Bréfritari: Þórður Sigurðsson
Viðtakandi: Jón Borgfirðingur
Dagsetning: A-1866-08-06
Skrifað á: Fiskilæk  Borg.

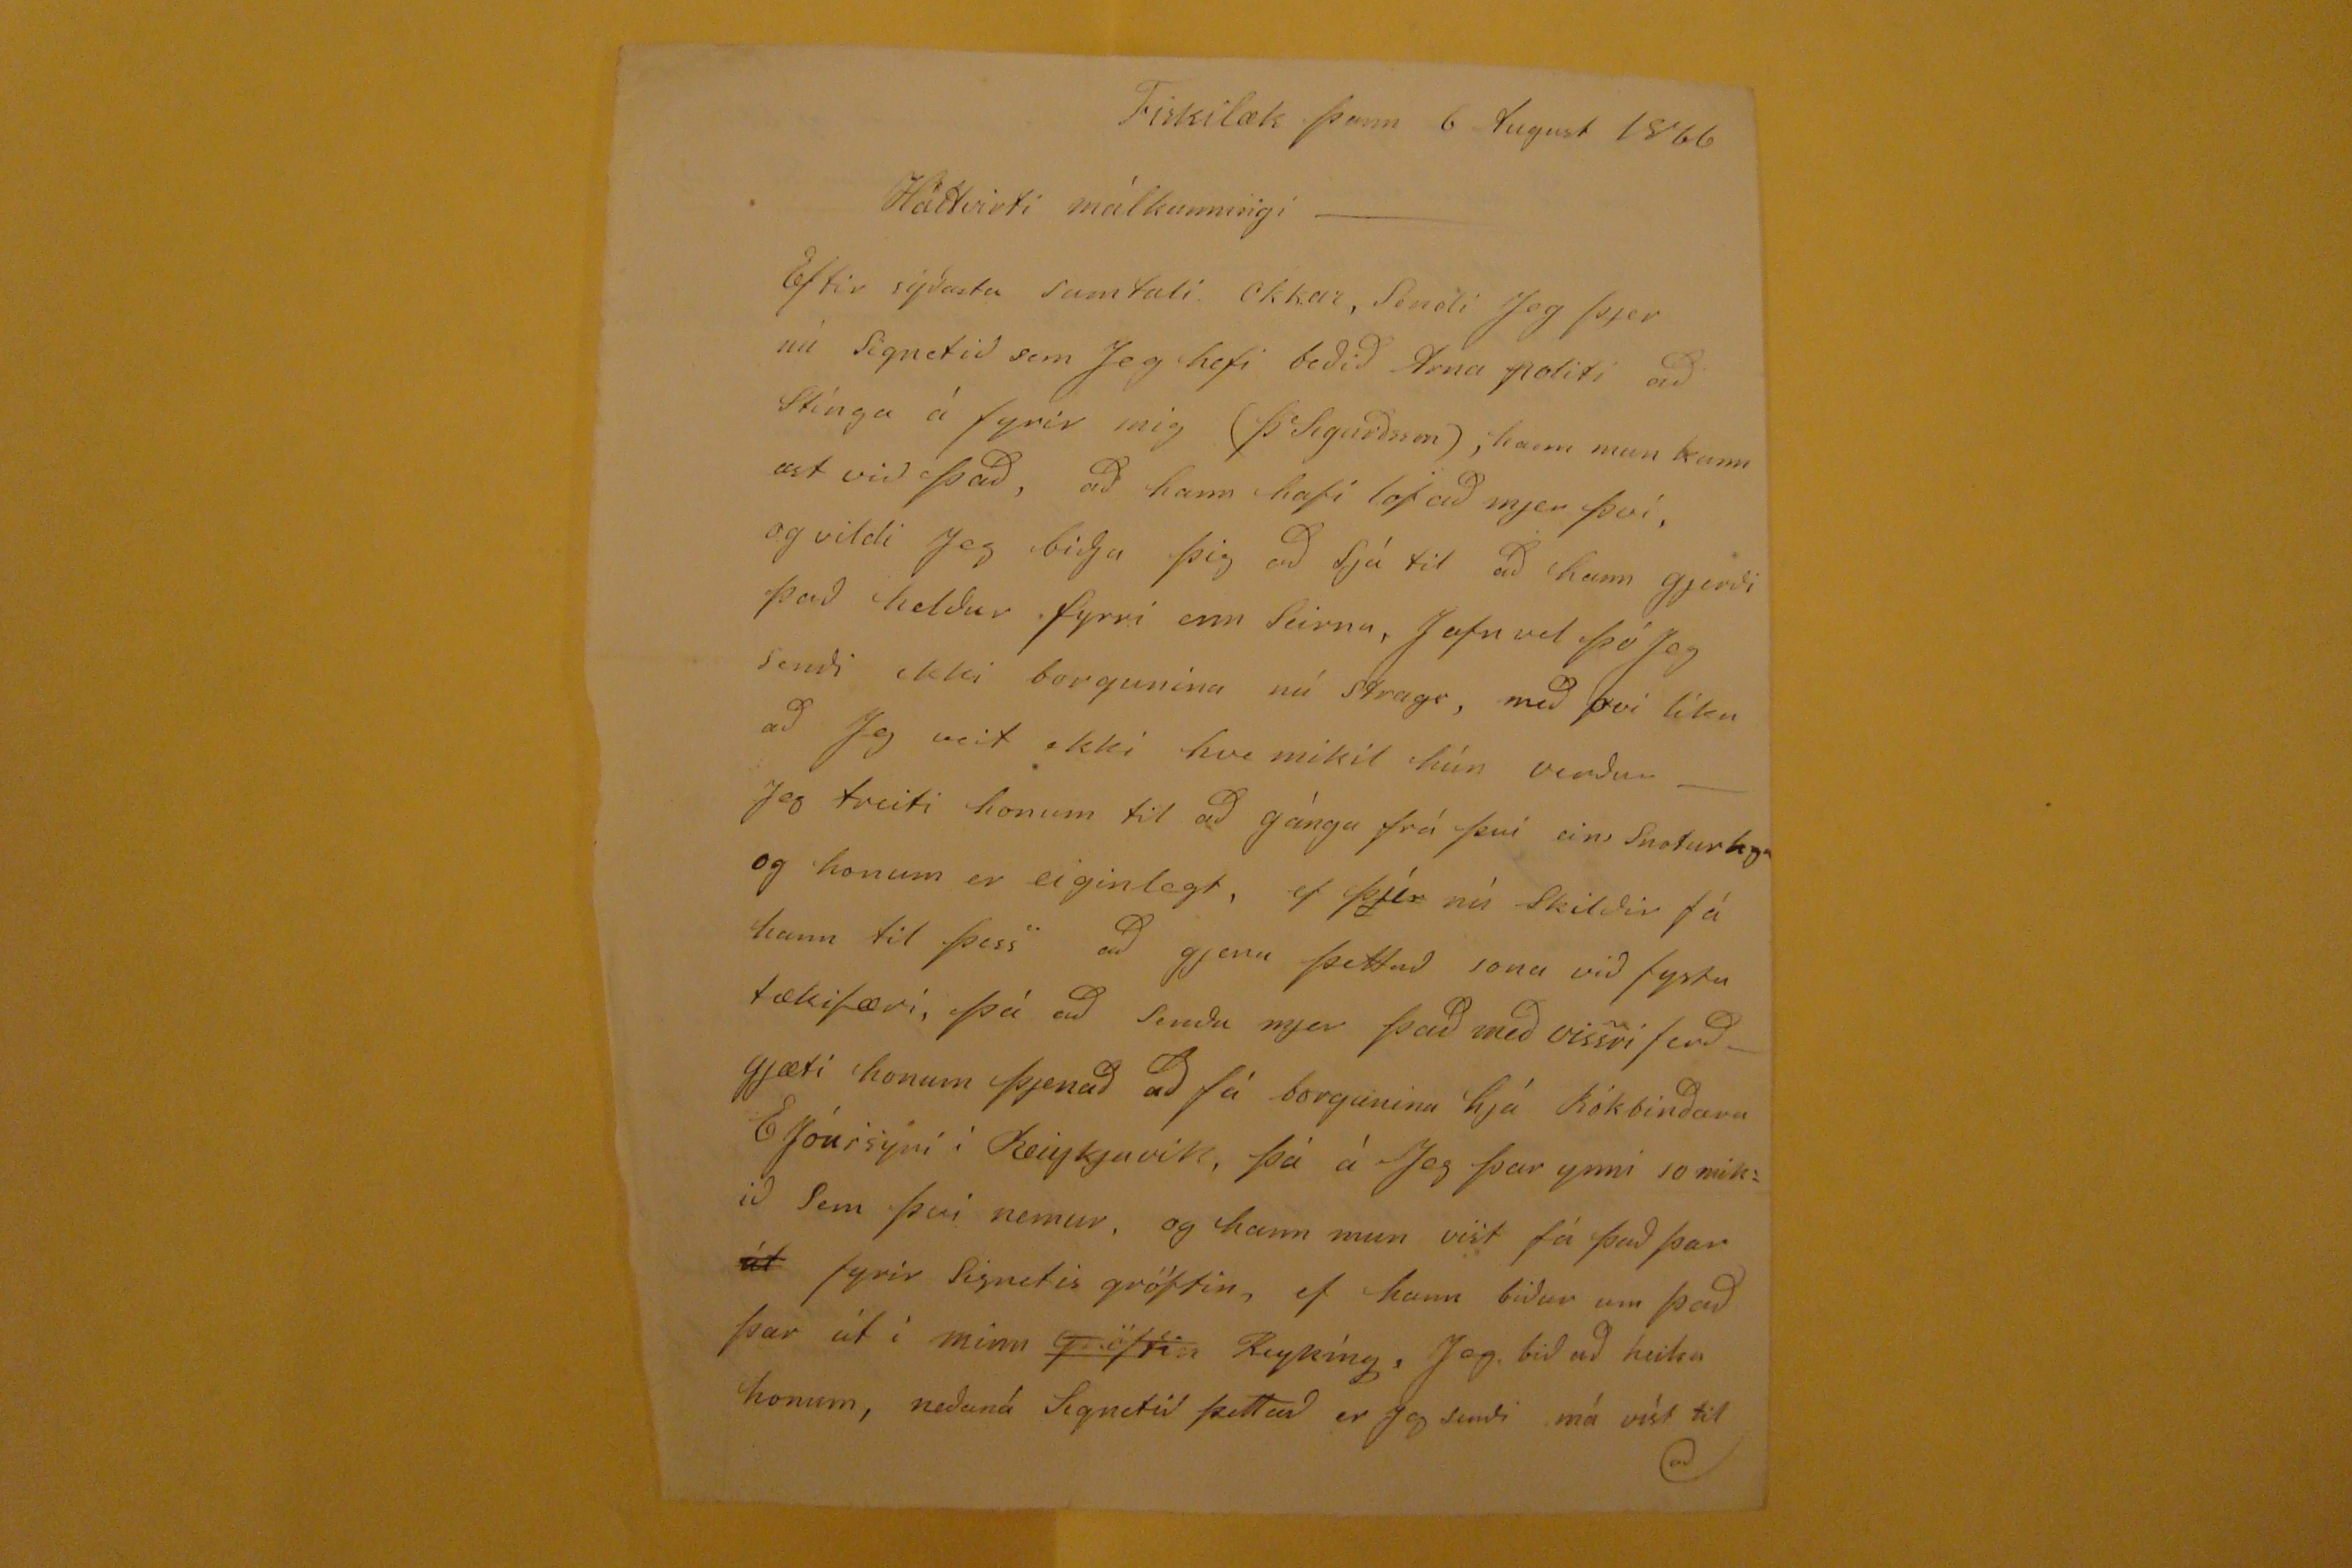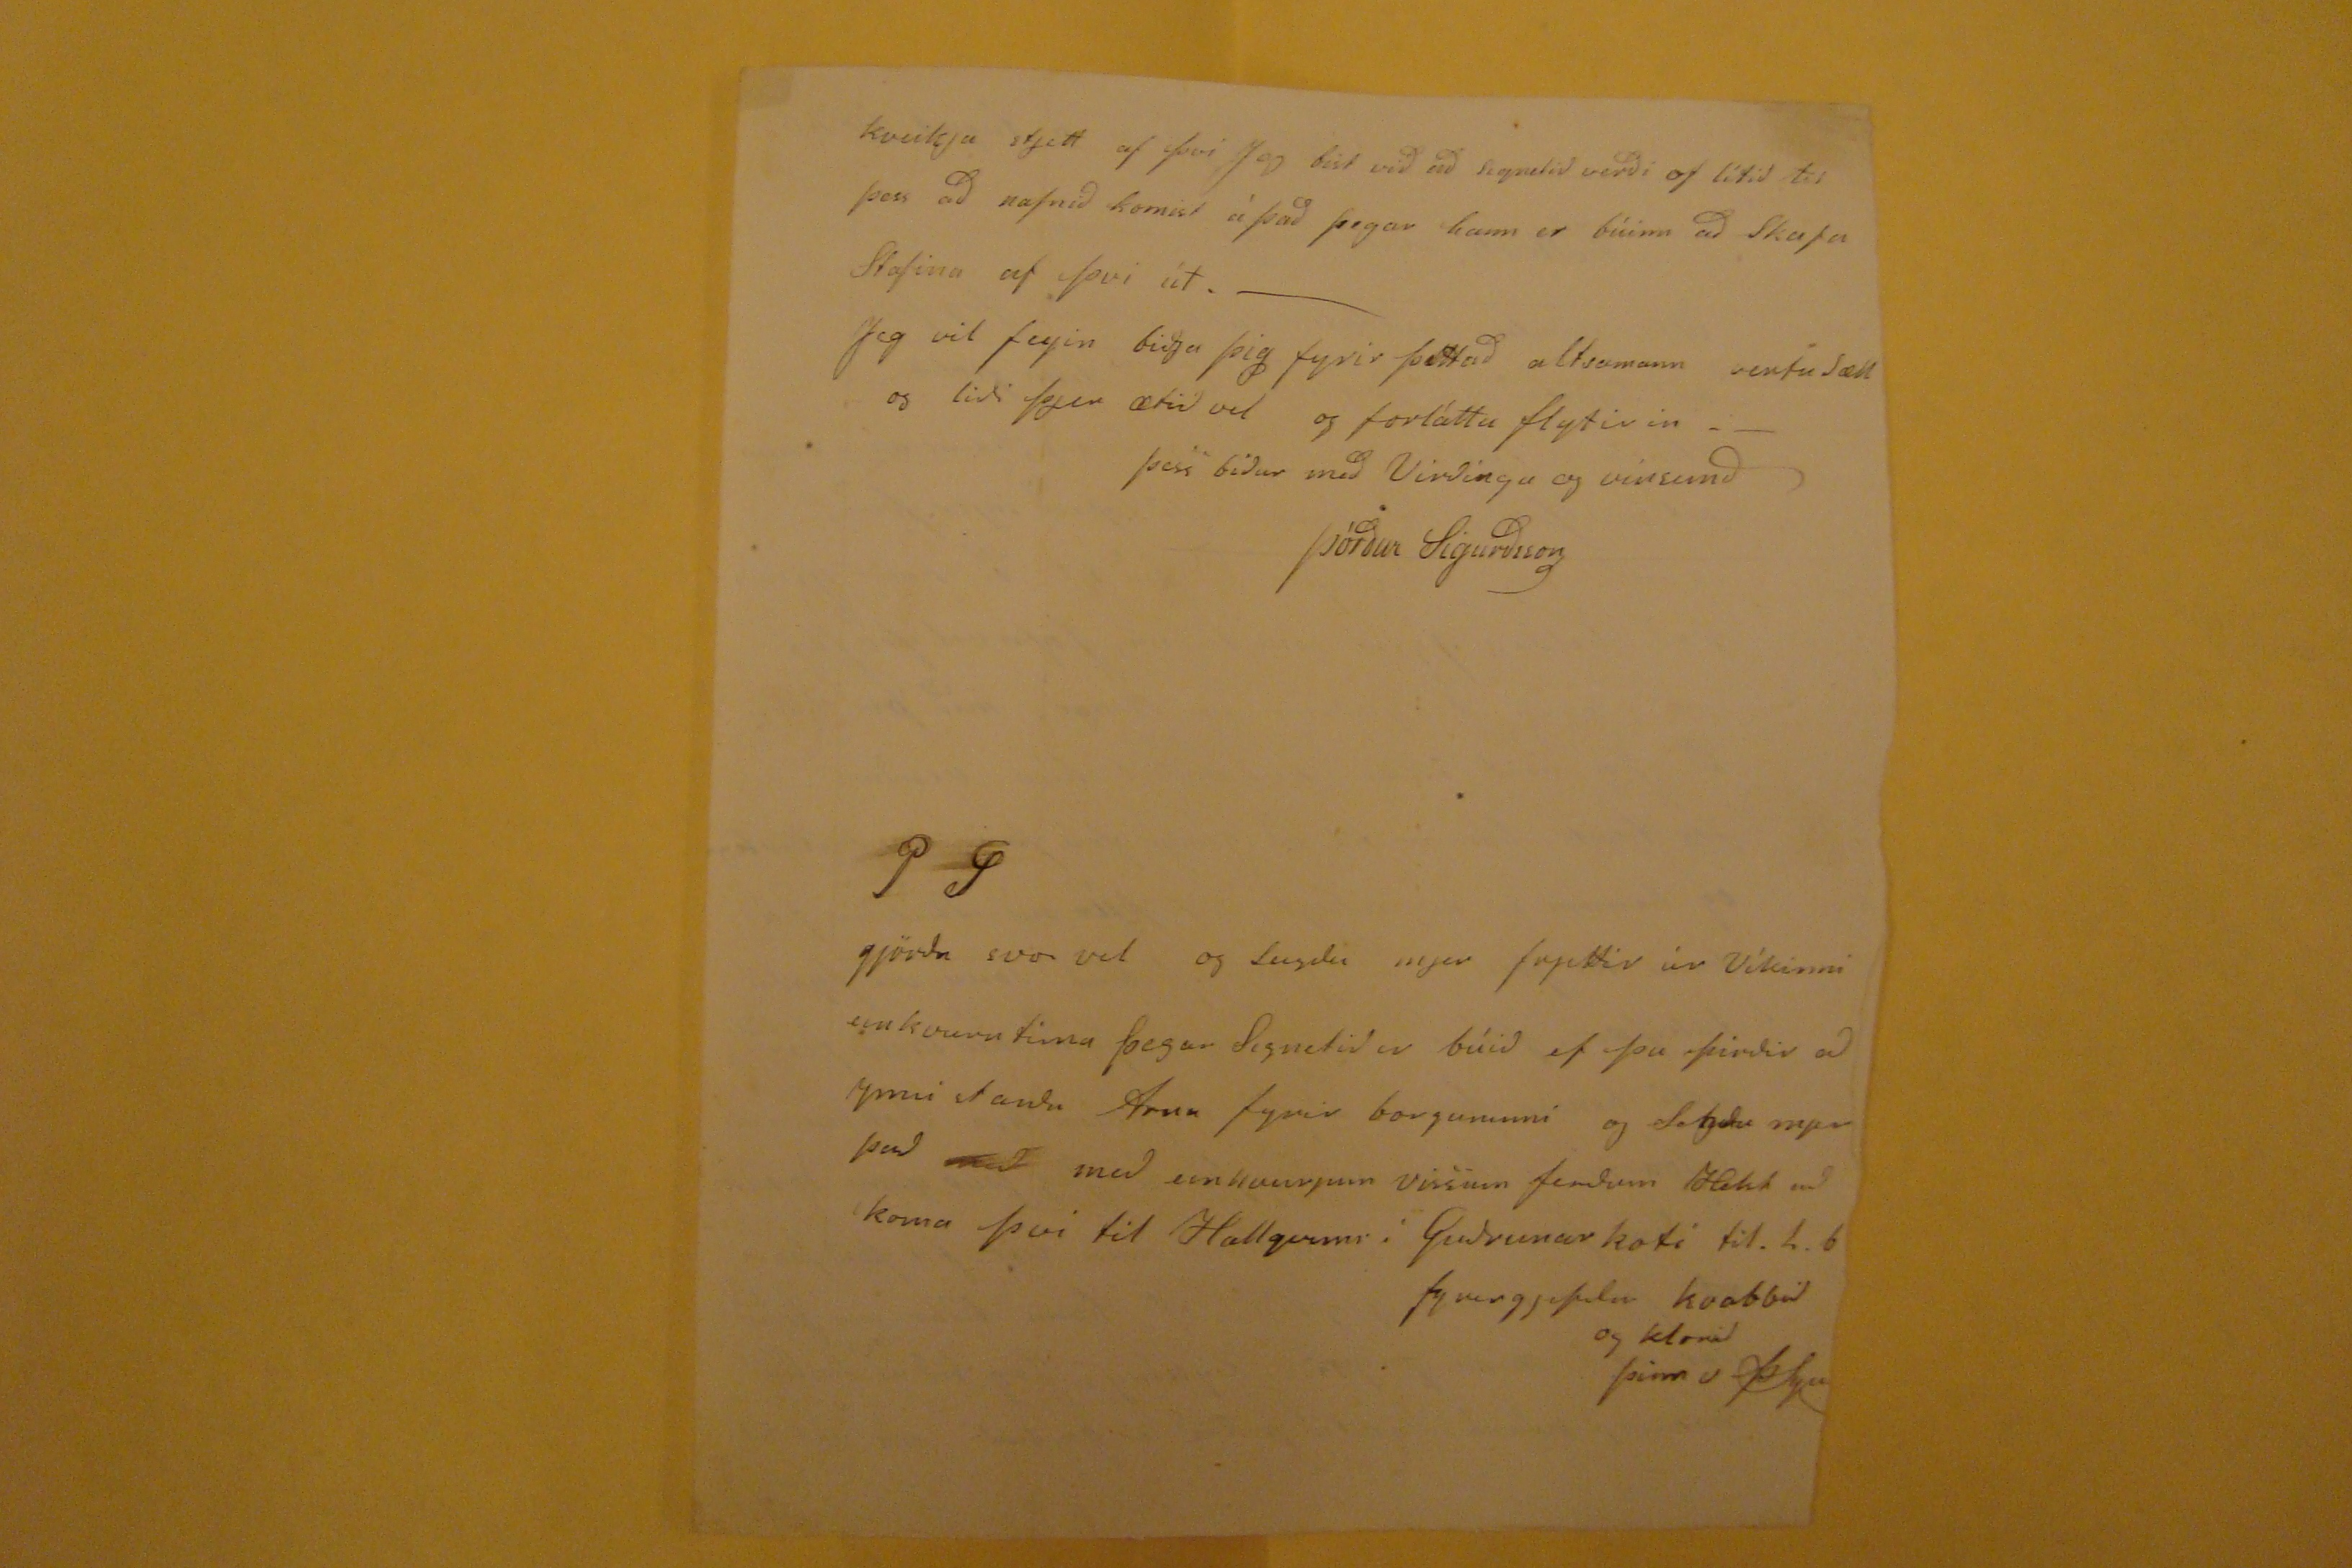

Fiskilæk þann 6 August 1866
Háttvirti málkunningi-
Eftir sýdasta samtali okkar, sendi jeg þjer nú Signetid sem Jeg hefi bedid Arna politi ad stinga á fyrir mig (Þ Sigurdsson), hann mun kannast vid þad, ad hann hafi lofad mjer því, og vildi jeg bidja þig ad sjá til ad hann gjerdi þad heldur fyrri enn
Seirna
, jafnvel þó jeg sendi ekki borgunina nú strags, md því lika ad jeg veit ekki hve mikil hún verdur- Jeg trúti honum til ad gánga frá þvi eins
Suduraga
og honum er eiginlegt, ef þjer nú Skildir fá hann til þess ad
gjeru
þettad sona vid fystu tækifæri, þá ad senda mjer þad med vissri ferd- gjæti honum þjenad ad fá borgunina hjá Bókbindara E Jónssýni i Reiykjavik, þá à Jeg þar ynni 10
mikid
Sem þvi nemur, og hann mun vist fá þad þar
út
fyrir signetis gröftin, ef hann bidur um þad þar út i minn
gröftin
Reykíng. Jeg bid ad heilsa honum, nedaná Signetid þettad er jeg sendi má vìst til ad
kveikja stjett af þvi jeg bist vid ad signetid verdi of lítid til þess ad nafnid komist á þad þegar hann er búinn ad skapa stafina af þvi út.-
Jeg vil fegin bidja þig fyrir þettad altsamann vertu Sæll og lidi þjer ætid vel og forláttu flytirin.-
þess bidur med Virdingu og vinsemd
Þórdur Sigurdsson
P
G
gjördu svo vel og seigdu mjer frjettir úr Víkinni einkvurntima þegar Signetid er búid ef þu þirdir ad
ynni sanda
Arna fyrir borguninni og Segdu mjer þad
med
med einhvurjum vissum ferdum Helst ad koma þvi til Hallgrims i Gudrunarkoti til. l. b.
fyrirgefdu kvabbid og klorid
þinn Þ
Sigs